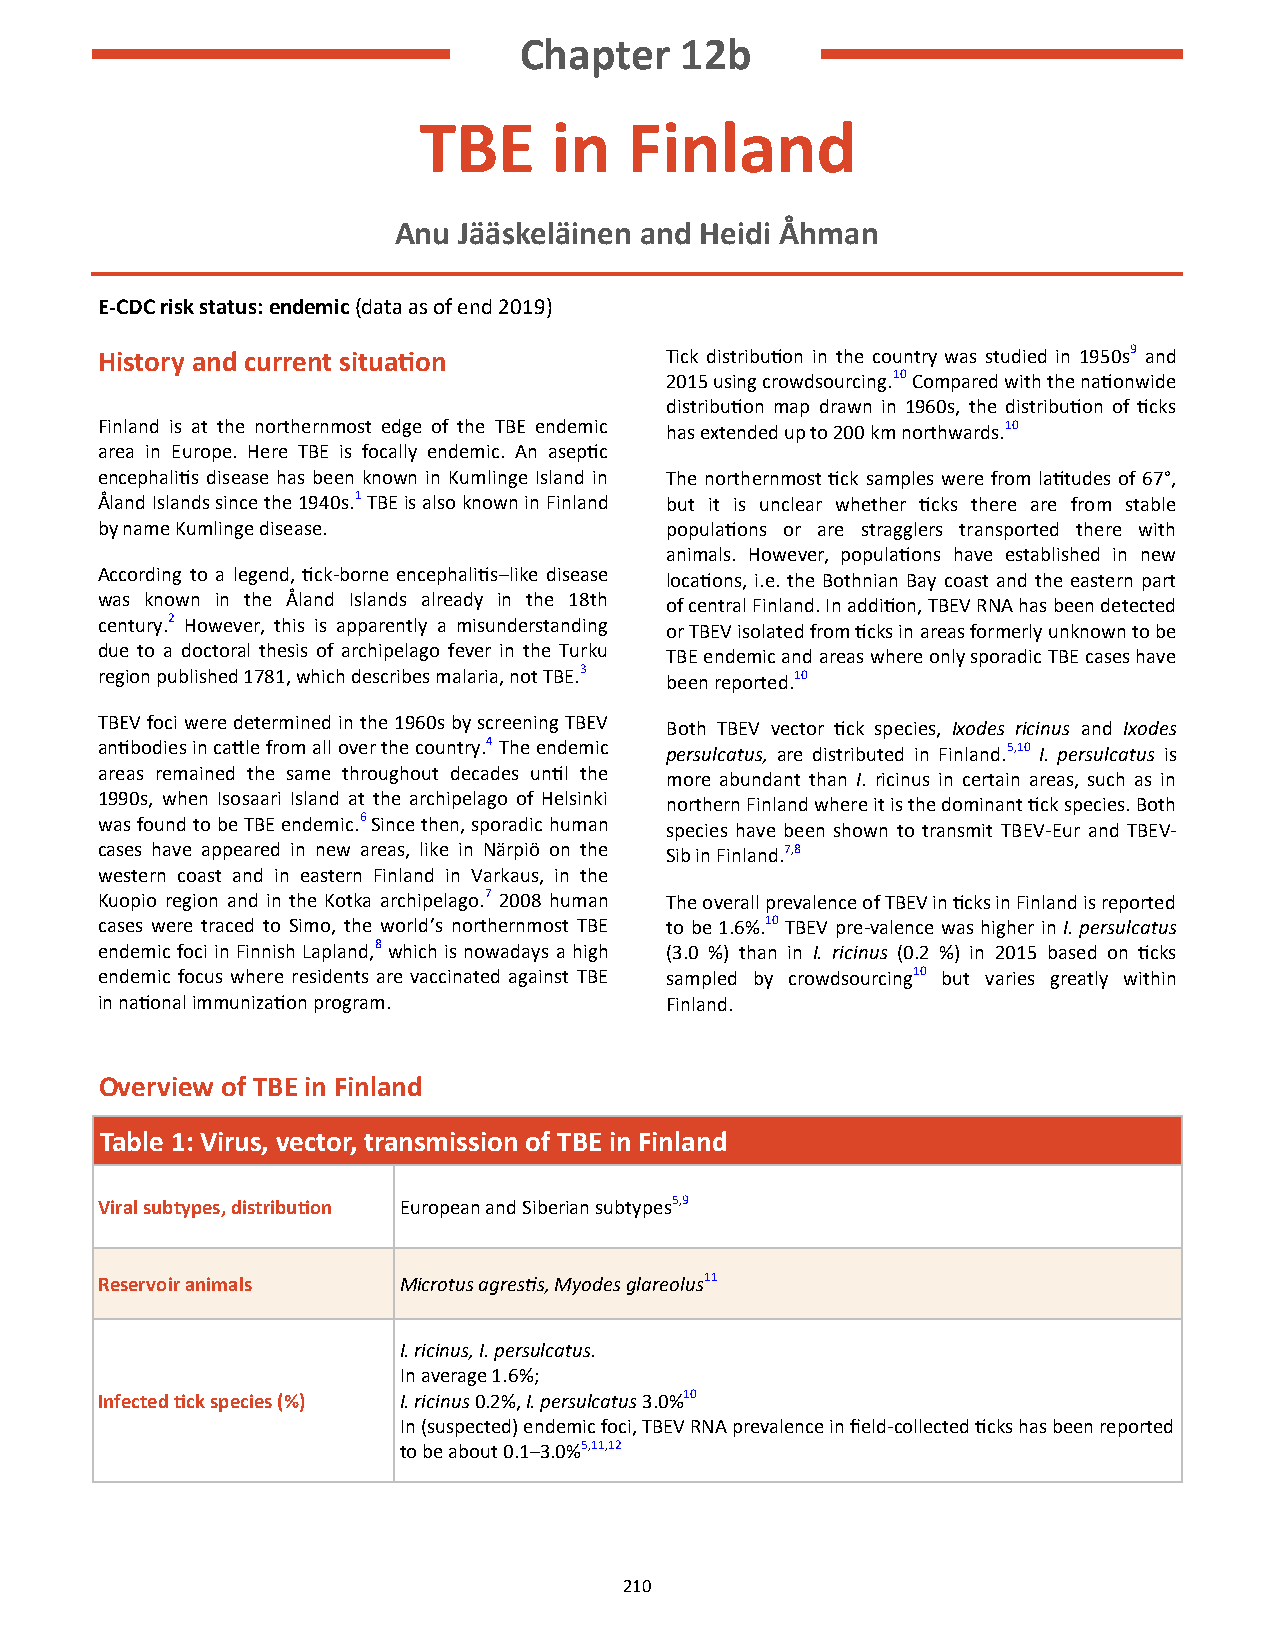
Chapter    12b
 TBE      in   Finland
 Anu Jääskeläinen and Heidi Åhman
 E-CDC risk status: endemic (data as of end 2019)
 History and current situation        Tick distribution in the country was studied in 1950s9 and
 2015 using crowdsourcing.10 Compared with the nationwide
 distribution map drawn in 1960s, the distribution of ticks
 Finland is at the northernmost edge of the TBE endemic has extended up to 200 km northwards.10
 area in Europe. Here TBE is focally endemic. An aseptic
 encephalitis disease has been known in Kumlinge Island in The northernmost tick samples were from latitudes of 67°,
 Åland Islands since the 1940s.1 TBE is also known in Finland but it is unclear whether ticks there are from stable
 by name Kumlinge disease.            populations or are stragglers transported there with
 animals. However, populations have established in new
 According to a legend, tick-borne encephalitis–like disease locations, i.e. the Bothnian Bay coast and the eastern part
 was known in the Åland Islands already in the 18th of central Finland. In addition, TBEV RNA has been detected
 century.2 However, this is apparently a misunderstanding or TBEV isolated from ticks in areas formerly unknown to be
 due to a doctoral thesis of archipelago fever in the Turku TBE endemic and areas where only sporadic TBE cases have
 region published 1781, which describes malaria, not TBE.3 been reported.10
 TBEV foci were determined in the 1960s by screening TBEV Both TBEV vector tick species, Ixodes ricinus and Ixodes
 antibodies in cattle from all over the country.4 The endemic persulcatus, are distributed in Finland.5,10 I. persulcatus is
 areas remained the same throughout decades until the more abundant than I. ricinus in certain areas, such as in
 1990s, when Isosaari Island at the archipelago of Helsinki northern Finland where it is the dominant tick species. Both
 was found to be TBE endemic.6 Since then, sporadic human species have been shown to transmit TBEV-Eur and TBEV-
 cases have appeared in new areas, like in Närpiö on the Sib in Finland.7,8
 western coast and in eastern Finland in Varkaus, in the
 Kuopio region and in the Kotka archipelago.7 2008 human The overall prevalence of TBEV in ticks in Finland is reported
 cases were traced to Simo, the world’s northernmost TBE to be 1.6%.10 TBEV pre-valence was higher in I. persulcatus
 endemic foci in Finnish Lapland,8 which is nowadays a high (3.0 %) than in I. ricinus (0.2 %) in 2015 based on ticks
 endemic focus where residents are vaccinated against TBE sampled by crowdsourcing10 but varies greatly within
 in national immunization program.    Finland.
 Overview of TBE in Finland
 Table 1: Virus, vector, transmission of TBE in Finland
 Viral subtypes, distribution European and Siberian subtypes5,9
 Reservoir animals  Microtus agrestis, Myodes glareolus11
 I. ricinus, I. persulcatus.
 In average 1.6%;
 Infected tick species (%) I. ricinus 0.2%, I. persulcatus 3.0%10
 In (suspected) endemic foci, TBEV RNA prevalence in field-collected ticks has been reported
 to be about 0.1–3.0%5,11,12
 210